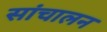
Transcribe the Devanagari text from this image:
सांचालन